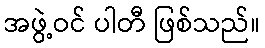
အဖွဲ့ဝင် ပါတီ ဖြစ်သည်။